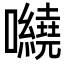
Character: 𡅍